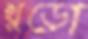
খুড়ো